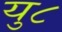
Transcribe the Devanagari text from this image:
यु८